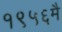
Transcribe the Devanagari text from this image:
१९५६मै